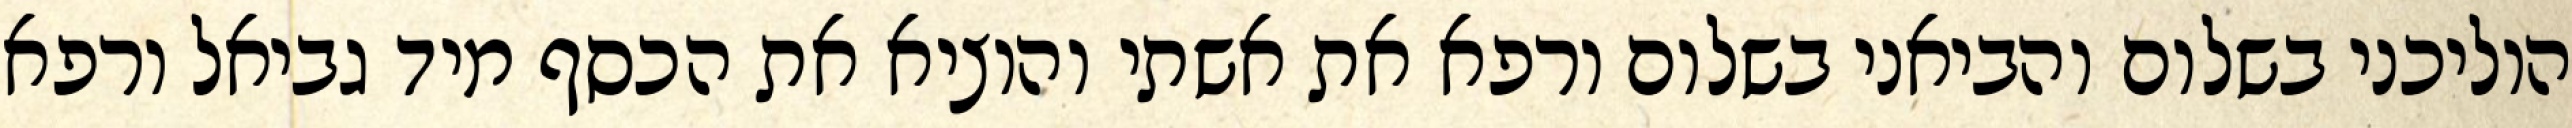
הוליכני בשלום והביאני בשלום ורפא את אשתי והוציא את הכסף מיד גביאל ורפא